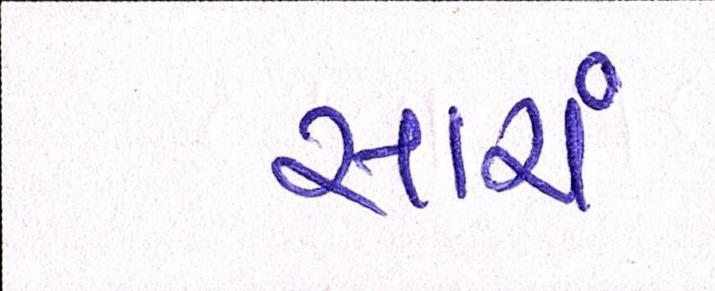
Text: સારાં